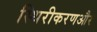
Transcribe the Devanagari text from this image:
स्थिरीकरणऔर